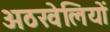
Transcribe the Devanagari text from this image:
अठखेलियों